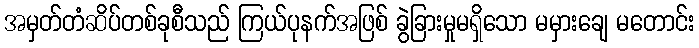
အမှတ်တံဆိပ်တစ်ခုစီသည် ကြယ်ပုနက်အဖြစ် ခွဲခြားမှုမရှိသော မမှားချေ မတောင်း